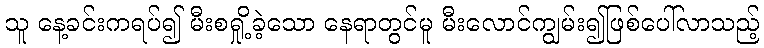
သူ နေ့ခင်းကရပ်၍ မီးစရှို့ခဲ့သော နေရာတွင်မူ မီးလောင်ကျွမ်း၍ဖြစ်ပေါ်လာသည့်